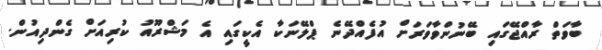
ބާވަތް ރާއްޖޭގައި ބޭނުންވާވަރަށް އުފެއްދޭނެ ޕްލޭނަކާ އެކީގައި އެ މަޝްރޫއު ކުރިއަށް ގެންދިއުން.